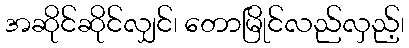
အဆိုင်ဆိုင်လျှင်၊ တောမြိုင်လည်လှည့်၊